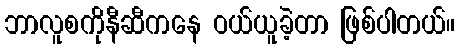
ဘာလူစကိုနီဆီကနေ ဝယ်ယူခဲ့တာ ဖြစ်ပါတယ်။